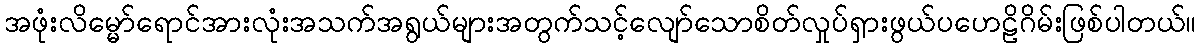
အဖုံးလိမ္မော်ရောင်အားလုံးအသက်အရွယ်များအတွက်သင့်လျော်သောစိတ်လှုပ်ရှားဖွယ်ပဟေဠိဂိမ်းဖြစ်ပါတယ်။